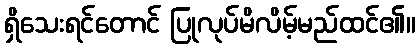
ရှိသေးရင်တောင် ပြုလုပ်မိလိမ့်မည်ထင်၏။